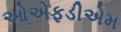
ઓએફડીએમ